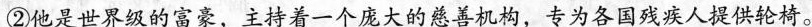
②他是世界级的富豪，主持着一个庞大的慈善机构，专为各国残疾人提供轮椅。